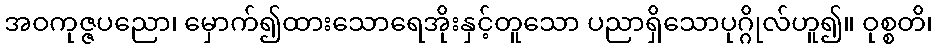
အဝကုဇ္ဇပညော၊ မှောက်၍ထားသောရေအိုးနှင့်တူသော ပညာရှိသောပုဂ္ဂိုလ်ဟူ၍။ ဝုစ္စတိ၊